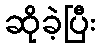
ဆိုခဲ့ပြီး